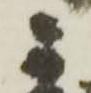
宗